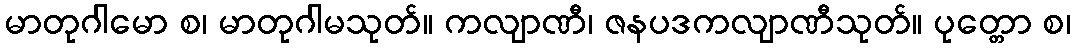
မာတုဂါမော စ၊ မာတုဂါမသုတ်။ ကလျာဏီ၊ ဇနပဒကလျာဏီသုတ်။ ပုတ္တော စ၊